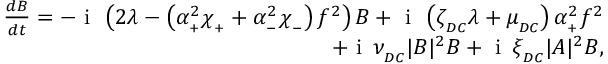
\begin{array} { r } { \frac { d B } { d t } = - \mathrm { ~ i ~ } \, \left( 2 \lambda - \left( \alpha _ { _ + } ^ { 2 } \chi _ { _ + } + \alpha _ { _ - } ^ { 2 } \chi _ { _ - } \right) f ^ { 2 } \right) B + \mathrm { ~ i ~ } \, \left( \zeta _ { _ { D C } } \lambda + \mu _ { _ { D C } } \right) \alpha _ { _ + } ^ { 2 } f ^ { 2 } } \\ { + \mathrm { ~ i ~ } \, \nu _ { _ { D C } } | B | ^ { 2 } B + \mathrm { ~ i ~ } \, \xi _ { _ { D C } } | A | ^ { 2 } B , } \end{array}